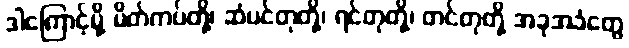
ဒါကြောင့်မို့ မိတ်ကပ်တို့၊ ဆံပင်တုတို့၊ ရင်တုတို့၊ တင်တုတို့ အခုအခံတွေ